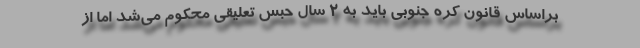
براساس قانون کره ‌جنوبی باید به 2 سال حبس تعلیقی محکوم می‌شد اما از